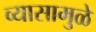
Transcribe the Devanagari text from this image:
व्यासामुळे